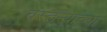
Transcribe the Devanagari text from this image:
वस्तऱ्याच्या